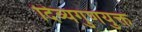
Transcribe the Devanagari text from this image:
दिव्यगुणयुक्त